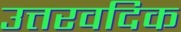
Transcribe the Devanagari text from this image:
उत्तरवदिक